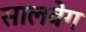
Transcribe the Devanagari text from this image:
सालवेग